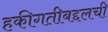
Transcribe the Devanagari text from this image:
हकीगतीबद्दलची